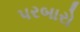
પરબારો